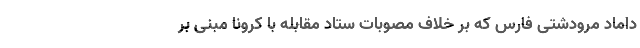
داماد مرودشتی فارس که بر خلاف مصوبات ستاد مقابله با کرونا مبنی بر